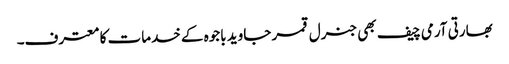
بھارتی آرمی چیف بھی جنرل قمر جاوید باجوہ کے خدمات کا معترف۔